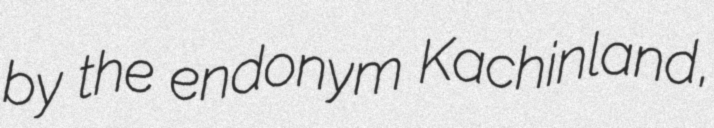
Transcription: by the endonym Kachinland,